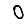
Digit: 0